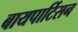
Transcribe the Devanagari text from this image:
बायपार्टिसन